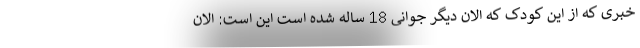
خبری که از این کودک که الان دیگر جوانی 18 ساله شده است این است: الان